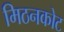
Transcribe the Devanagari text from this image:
मिठनकोट